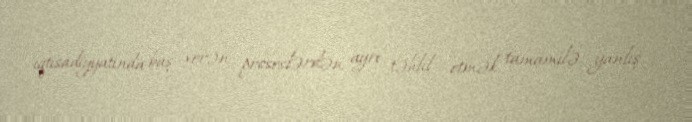
iqtisadiyyatında baş verən proseslərdən ayrı təhlil etmək tamamilə yanlış